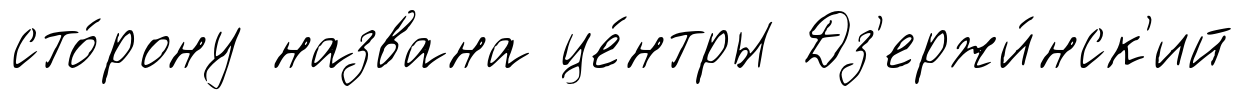
сто́рону названа це́нтры Дз'ержи́нск'ий